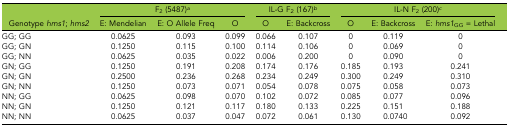
<table><thead><tr><td></td><td colspan="3"><b>F<sub>2</sub> (5487)<i><sup>a</sup></i></b></td><td colspan="2"><b>IL-G F<sub>2</sub> (167)<i><sup>b</sup></i></b></td><td colspan="3"><b>IL-N F<sub>2</sub> (200)<i><sup>c</sup></i></b></td></tr><tr><td><b>Genotype <i>hms1</i>; <i>hms2</i></b></td><td><b>E: Mendelian</b></td><td><b>E: O Allele Freq</b></td><td><b>O</b></td><td><b>O</b></td><td><b>E: Backcross</b></td><td><b>O</b></td><td><b>E: Backcross</b></td><td><b>E: <i>hms1</i><sub>GG</sub> = Lethal</b></td></tr></thead><tbody><tr><td>GG; GG</td><td>0.0625</td><td>0.093</td><td>0.099</td><td>0.066</td><td>0.107</td><td>0</td><td>0.119</td><td>0</td></tr><tr><td>GG; GN</td><td>0.1250</td><td>0.115</td><td>0.100</td><td>0.114</td><td>0.106</td><td>0</td><td>0.069</td><td>0</td></tr><tr><td>GG; NN</td><td>0.0625</td><td>0.035</td><td>0.022</td><td>0.006</td><td>0.200</td><td>0</td><td>0.090</td><td>0</td></tr><tr><td>GN; GG</td><td>0.1250</td><td>0.191</td><td>0.208</td><td>0.174</td><td>0.176</td><td>0.185</td><td>0.193</td><td>0.241</td></tr><tr><td>GN; GN</td><td>0.2500</td><td>0.236</td><td>0.268</td><td>0.234</td><td>0.249</td><td>0.300</td><td>0.249</td><td>0.310</td></tr><tr><td>GN; NN</td><td>0.1250</td><td>0.073</td><td>0.071</td><td>0.054</td><td>0.078</td><td>0.075</td><td>0.058</td><td>0.073</td></tr><tr><td>NN; GG</td><td>0.0625</td><td>0.098</td><td>0.070</td><td>0.102</td><td>0.072</td><td>0.085</td><td>0.077</td><td>0.096</td></tr><tr><td>NN; GN</td><td>0.1250</td><td>0.121</td><td>0.117</td><td>0.180</td><td>0.133</td><td>0.225</td><td>0.151</td><td>0.188</td></tr><tr><td>NN; NN</td><td>0.0625</td><td>0.037</td><td>0.047</td><td>0.072</td><td>0.061</td><td>0.130</td><td>0.0740</td><td>0.092</td></tr></tbody></table>